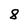
Character: 8